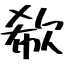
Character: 欷